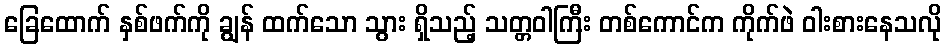
ခြေထောက် နှစ်ဖက်ကို ချွန် ထက်သော သွား ရှိသည့် သတ္တဝါကြီး တစ်ကောင်က ကိုက်ဖဲ ဝါးစားနေသလို